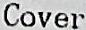
COVER